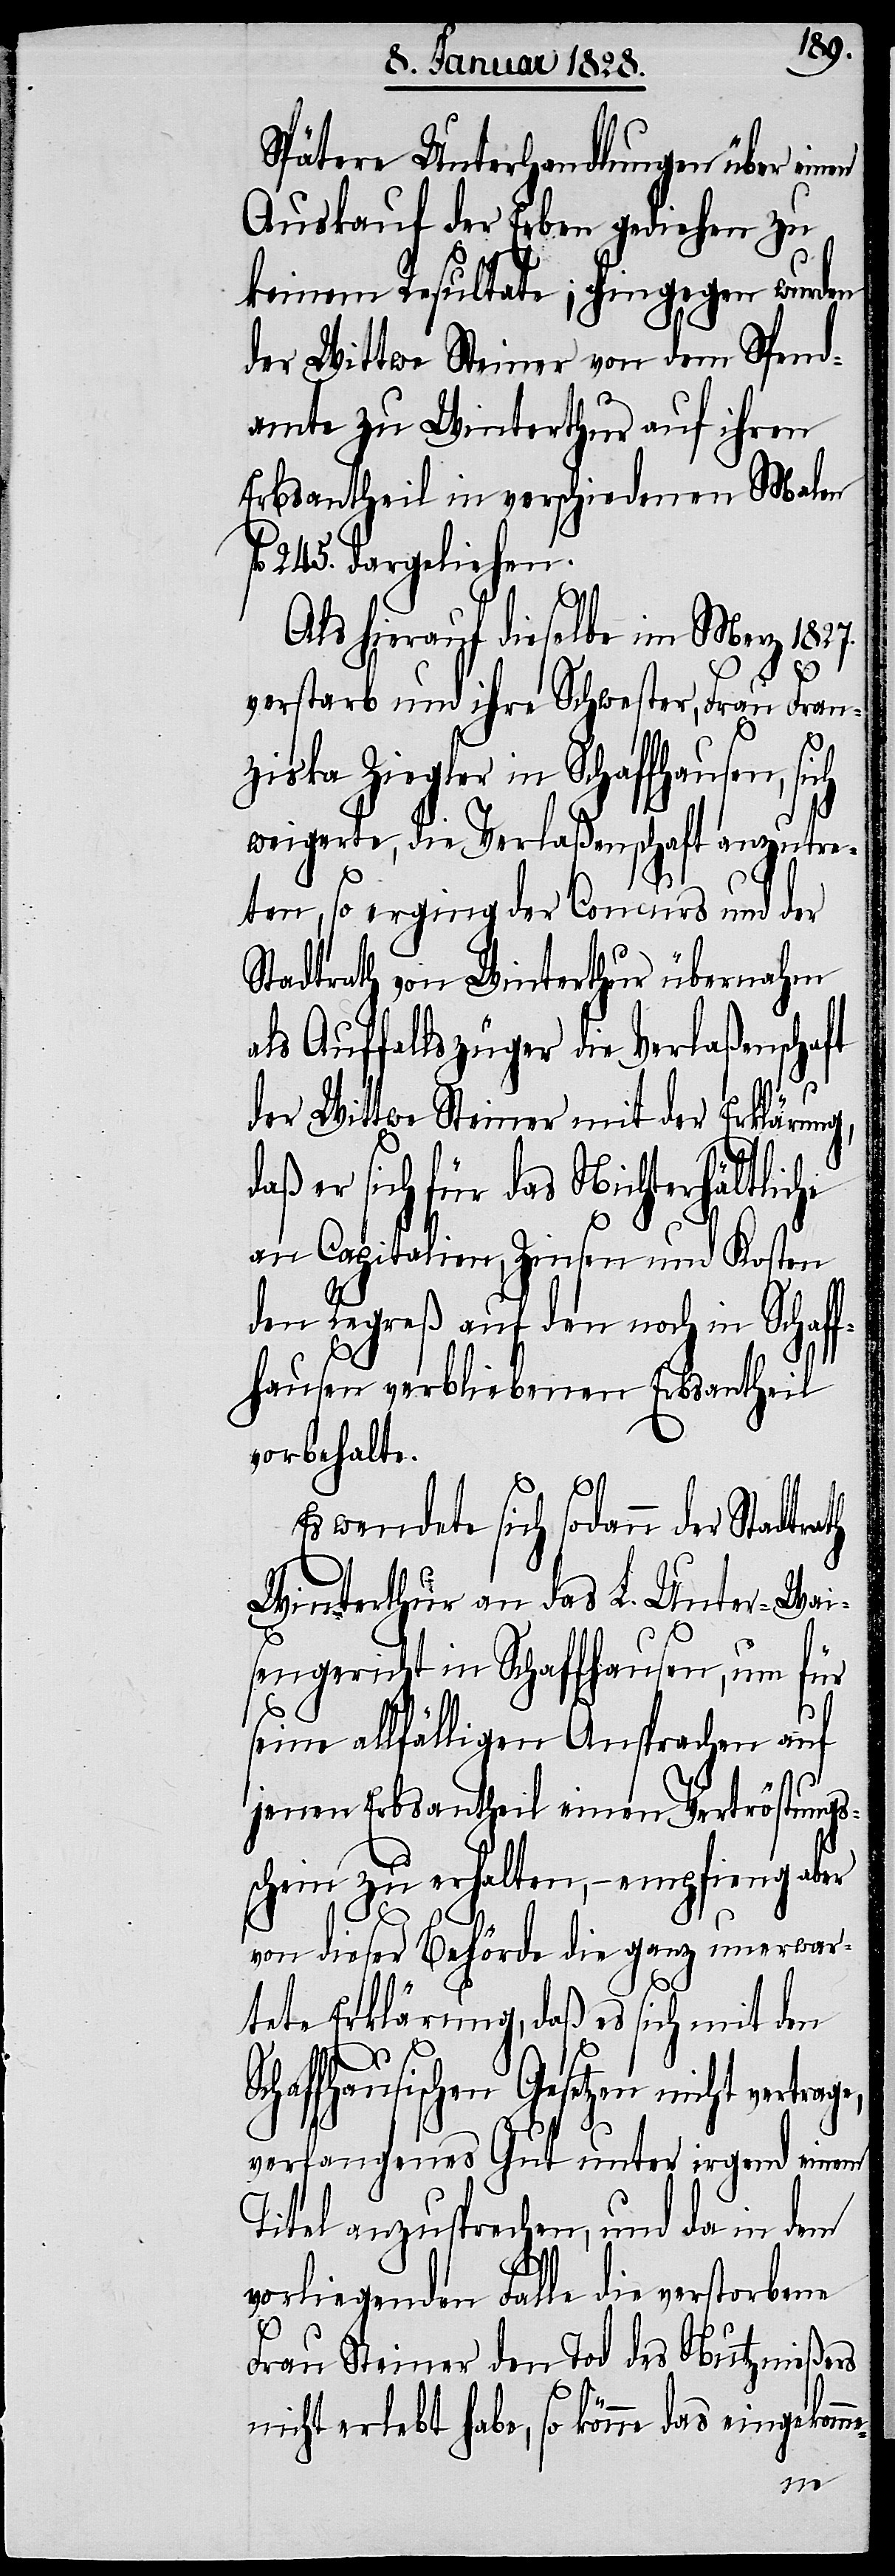
Spätere Unterhandlungen über ein¬
Auskauf der Erben gediehen zu
keinem Resultate; hingegen wurden
der Wittwe Steiner von dem Spend¬
amte zu Winterthur auf ihren
Erbsantheil in verschiedenen Malen
245. dargeliehen.
Als hierauf dieselbe im Merz 1827.
verstarb und ihre Schwester, Frau Fran¬
ziska Ziegler in Schaffhausen, si¬
weigerte, die Verlaßenschaft anzutre¬
ten, so erging der Concurs und der
Stadtrath von Winterthur übernahm
als Auffallszüger die Verlaßenschaft
der Wittwe Steiner mit der Erklärung,
daß er sich für das Nichterhältliche
an Capitalien, Zinsen und Kosten
den Regreß auf den noch in Schaff¬
hausen verbliebenen Erbsantheil
vorbehalte.
Es wendete sich sodann der Stadt¬
Winterthur an das L. Unter-Wai¬
sengericht in Schaffhausen, um für
seine allfälligen Ansprachen auf
jenen Erbsantheil einen Vertröstungs¬
schein zu erhalten, – empfieng aber
von dieser Behörde die ganz unerwar¬
ch
tete Erklärung, daß es sich mit den
Schaffhausischen Gesetzen nicht vertrage,
verfangenes Gut unter irgend einem
Titel anzusprechen, und da in dem
rath
vorliegenden Falle die verstorbene
Frau Steiner den Tod des Nutznießers
nicht erlebt habe, so könne das eingekom¬
me-